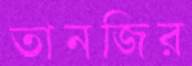
তানজির